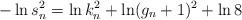
LaTeX: \begin{align*}-\ln s_n^2 = \ln k_n^2 +\ln(g_n+1)^2+ \ln 8\end{align*}